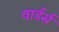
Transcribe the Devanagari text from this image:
वार्डर्स